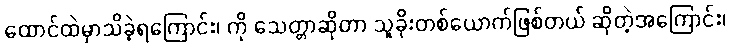
ထောင်ထဲမှာသိခဲ့ရကြောင်း၊ ကို သေတ္တာဆိုတာ သူခိုးတစ်ယောက်ဖြစ်တယ် ဆိုတဲ့အကြောင်း၊